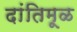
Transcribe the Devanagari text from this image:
दांतिमूळ